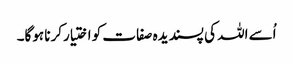
اُسے اللہ کی پسندیدہ صفات کو اختیارکرنا ہوگا۔